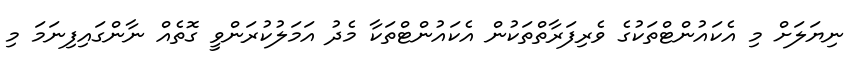
ނިޔަލަށް މި އެކައުންޓްތަކުގެ ވެރިފަރާތްތަކުން އެކައުންޓްތަކާ މެދު އަމަލުކުރަންވީ ގޮތެއް ނާންގައިފިނަމަ މި